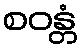
စဝန္တံ